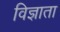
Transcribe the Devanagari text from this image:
विज्ञाता